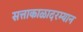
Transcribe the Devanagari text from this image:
सत्ताकाळादरम्यान